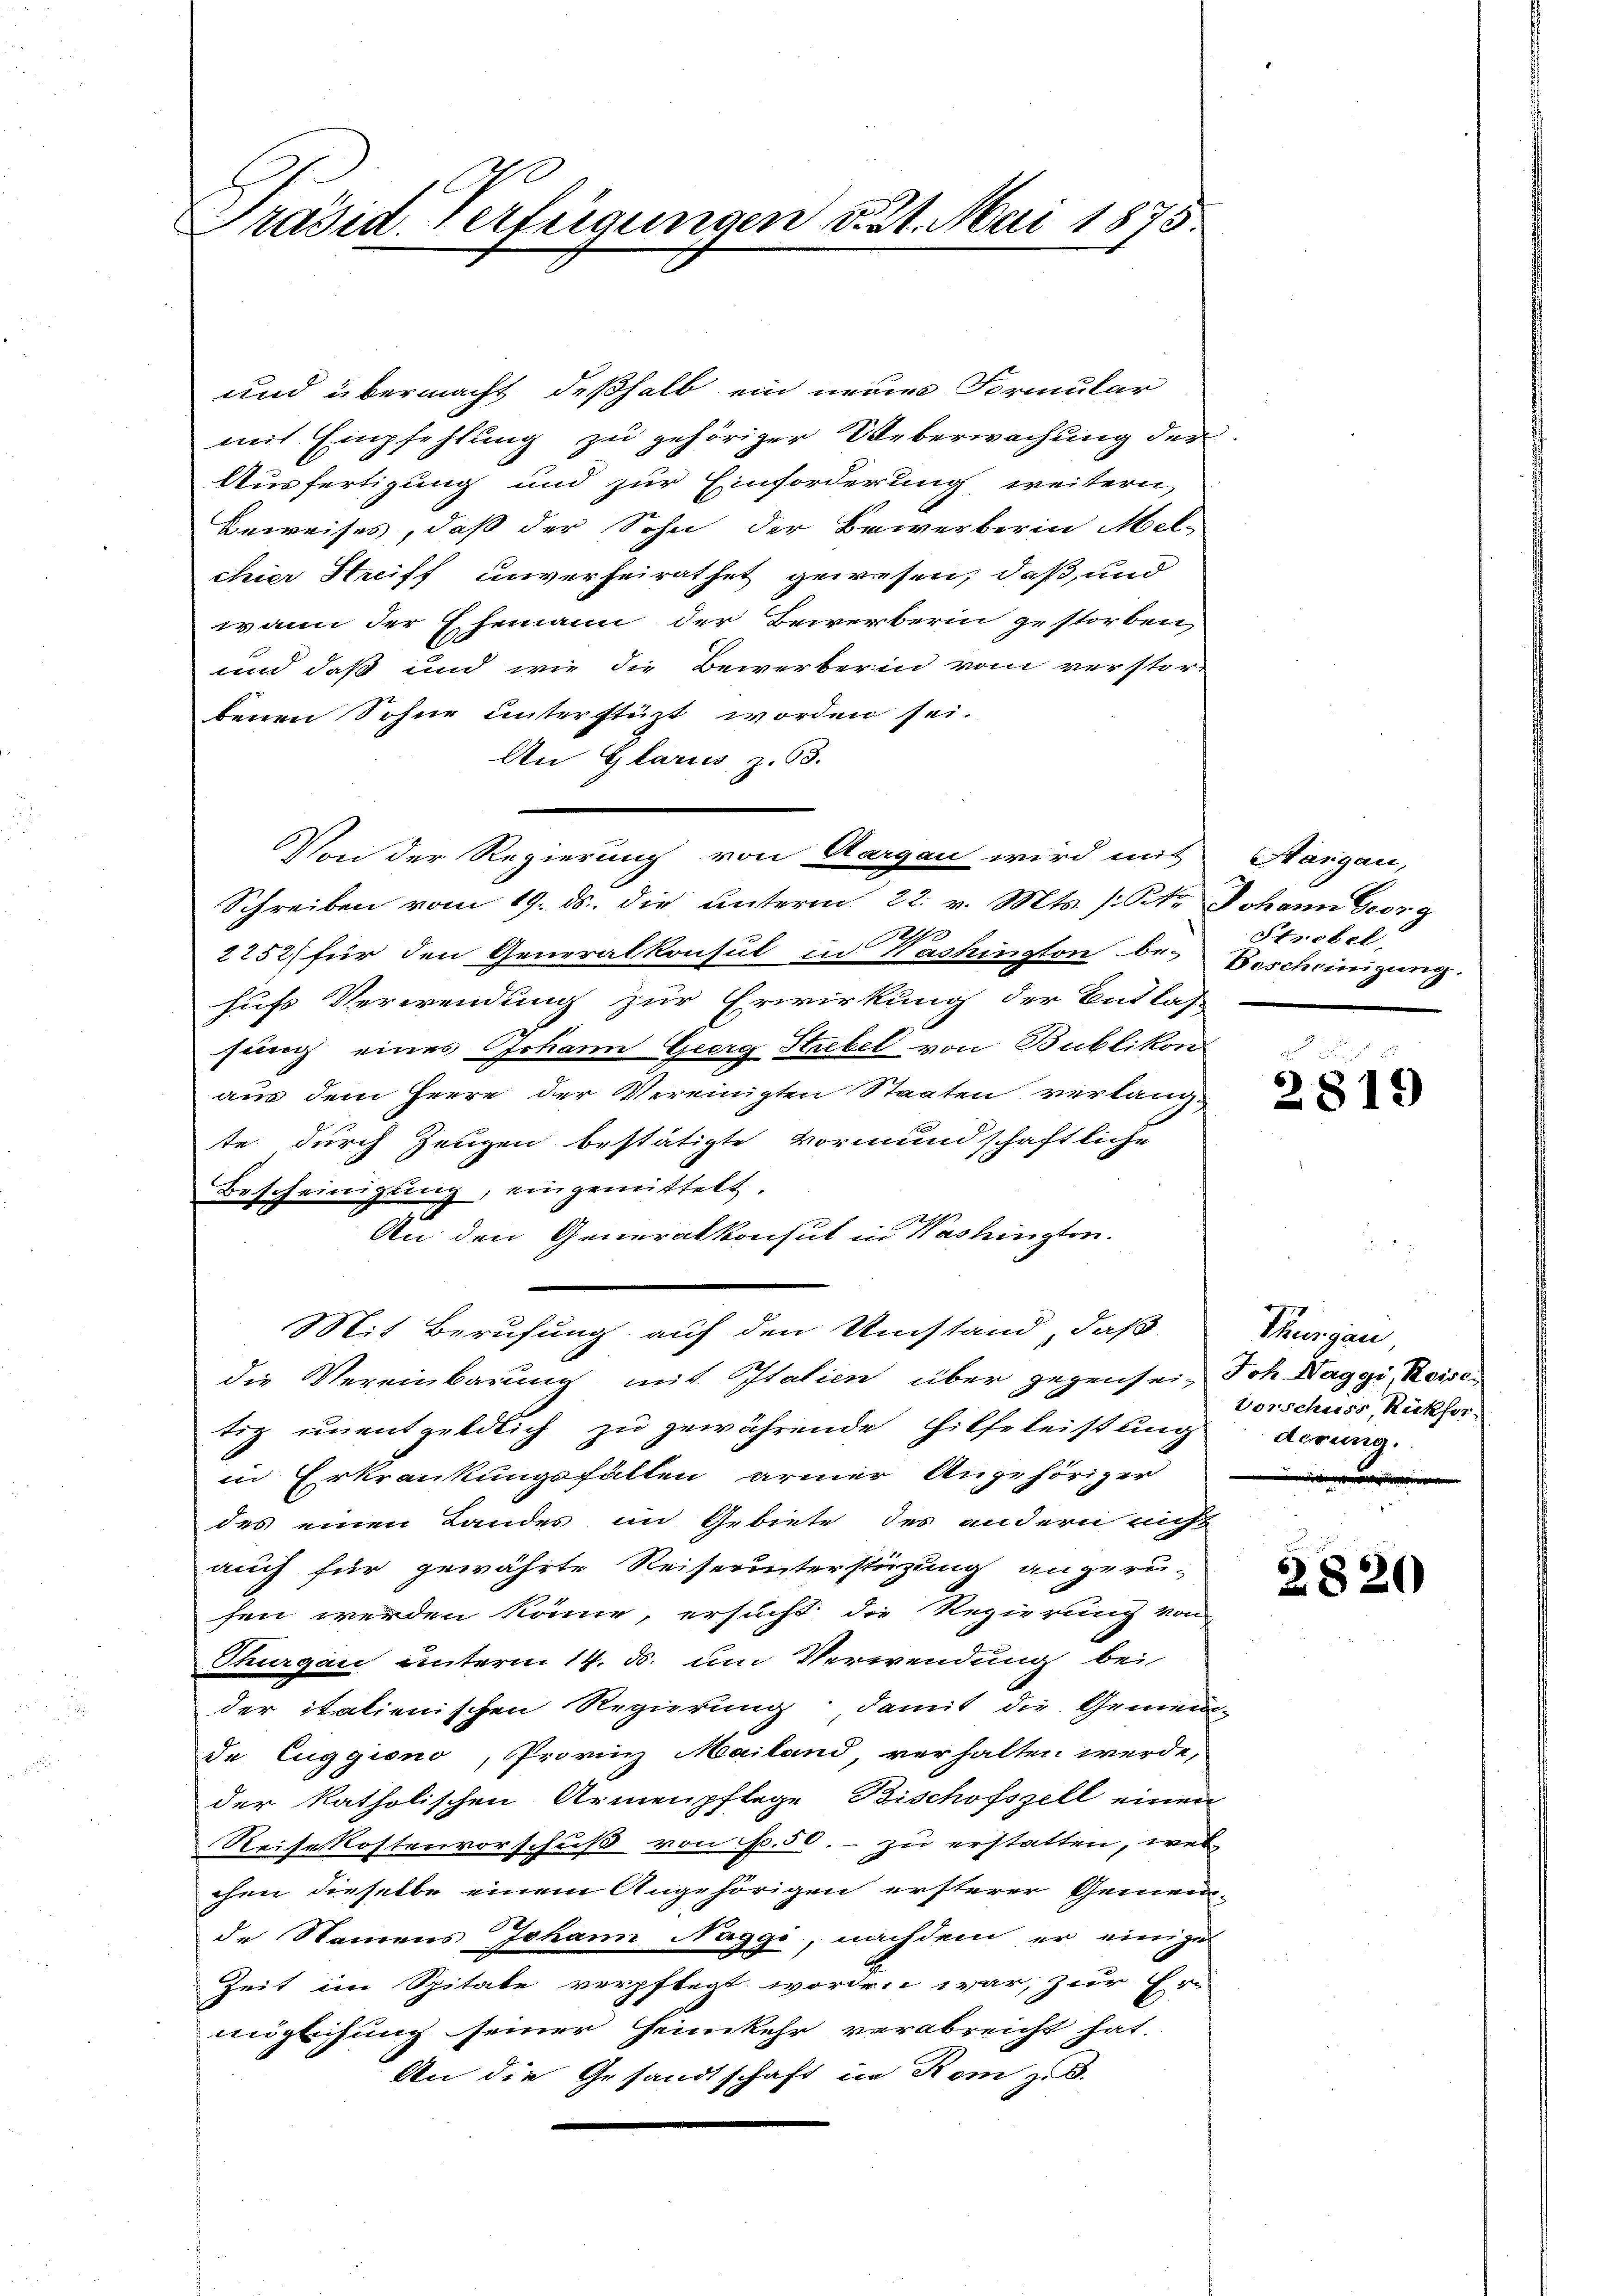
Präsid. Verfügungen v. 21. Mai 1875.

und übermacht deßhalb ein neuere Formular
mit Empfehlung zu gehöriger Ueberwachung der
Ausfertigung und zur Einforderung weitern
Beweises, daß der Sohn der Bewerberin Melchier Streiff unverheirathet gewesen, daß und
wann der Ehemann der Bewerberin gestorben,
und daß und wie die Bewerberin vom verstor-
benen Sohne unterstüzt worden sei.
An Glarus, z. 63.
Von der Regierung von Aargau wird mit
Schreiben vom 19. ds. die unterm 22. v. Mts. (: St. Johann Georg
2252 für den Generalkonsul in Washington be-Bescheinigung
hufs Verwendung zur Erwirkung der Entlas
sung eines Johann Georg Strebel von Bublikon
aus dem Heere der Vereinigten Staaten verlangte durch Zeugen bestätigte Vormundschaftliche
Bescheinigung, eingemittelt.
An den Generalkonsul in Washingten.
e
Mit Berufung auf den Umstand, daß
die Vereinbarung mit Italien über gegensein Joh. Haggi, Reisetiz unentgeldlich zu gewährende Hilfeleistung derung
in Erkrankungsfällen armer Angehöriger
des einen Landes im Gebiete des andern nicht
auch für gewährte Reiseunterstüzung angeru-
sen werden könne, ersucht die Regierung von
Thurgau unterm 14. ds. um Verwendung bei
der italienischen Regierung; damit die Grenzen-
de Euggiono, Provinz Mailand, verhalten werde,
der katholischen Armenpflege Bischofszell einen
Reisekostenvorschuß von f. 50.- zu erstatten, wel
chen dieselbe einem Angehörigen ersterer Gemein-
de Namens Johann Naggi, nachdem er einige
Zeit im Spitate verpflegt worden war, zur Er-
möglichung seiner Heimkehr verabreicht hat.
An die Gesandtschaft in Rom z. B.

Hargau,
Strebel,

2819

Thurgau
Vorschuss, Rückfor-

2820